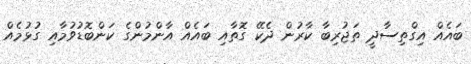
ބައެއް އިގްތިސާދީ ތަޖުރިބާ ކާރުން ދެކޭ ގޮތާއި ބައެއް އާންމުންގެ ކަންބޮޑުވުމާއި ގުޅުމެއް